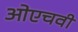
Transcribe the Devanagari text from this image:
ओएचवी